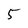
Character: 5